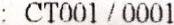
: CT001 / 0001